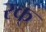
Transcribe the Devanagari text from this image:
रक्